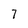
Character: 7